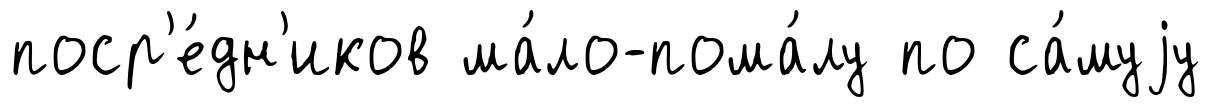
поср'е́дн'иков ма́ло-пома́лу по са́муjу